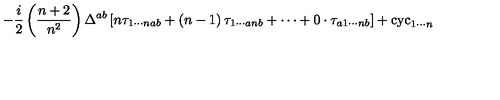
- \frac { i } { 2 } \left( \frac { n + 2 } { n ^ { 2 } } \right) \Delta ^ { a b } \left[ n \tau _ { 1 \cdots n a b } + \left( n - 1 \right) \tau _ { 1 \cdots a n b } + \cdots + 0 \cdot \tau _ { a 1 \cdots n b } \right] + \mathrm { c y c } _ { 1 \cdots n }